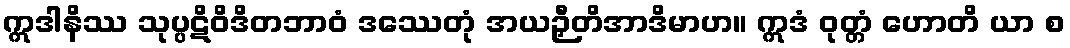
ဣဒါနိဿ သုပ္ပဋိဝိဒိတဘာဝံ ဒဿေတုံ အယဉှီတိအာဒိမာဟ။ ဣဒံ ဝုတ္တံ ဟောတိ ယာ စ